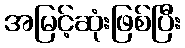
အမြင့်ဆုံးဖြစ်ပြီး